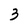
Character: 3